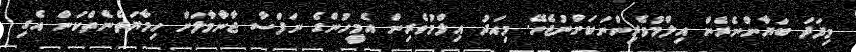
މިފަދަ ބަޔާންނެރެން އިލްމުވެރިންނަކަށްނުޖެހޭ. މިއަދު އިލްމުވެރިން އެމީހުންގެ ނަފްސާ ޖާނާމާލަށް ހިމާޔަތެނެތްކަން އެގި